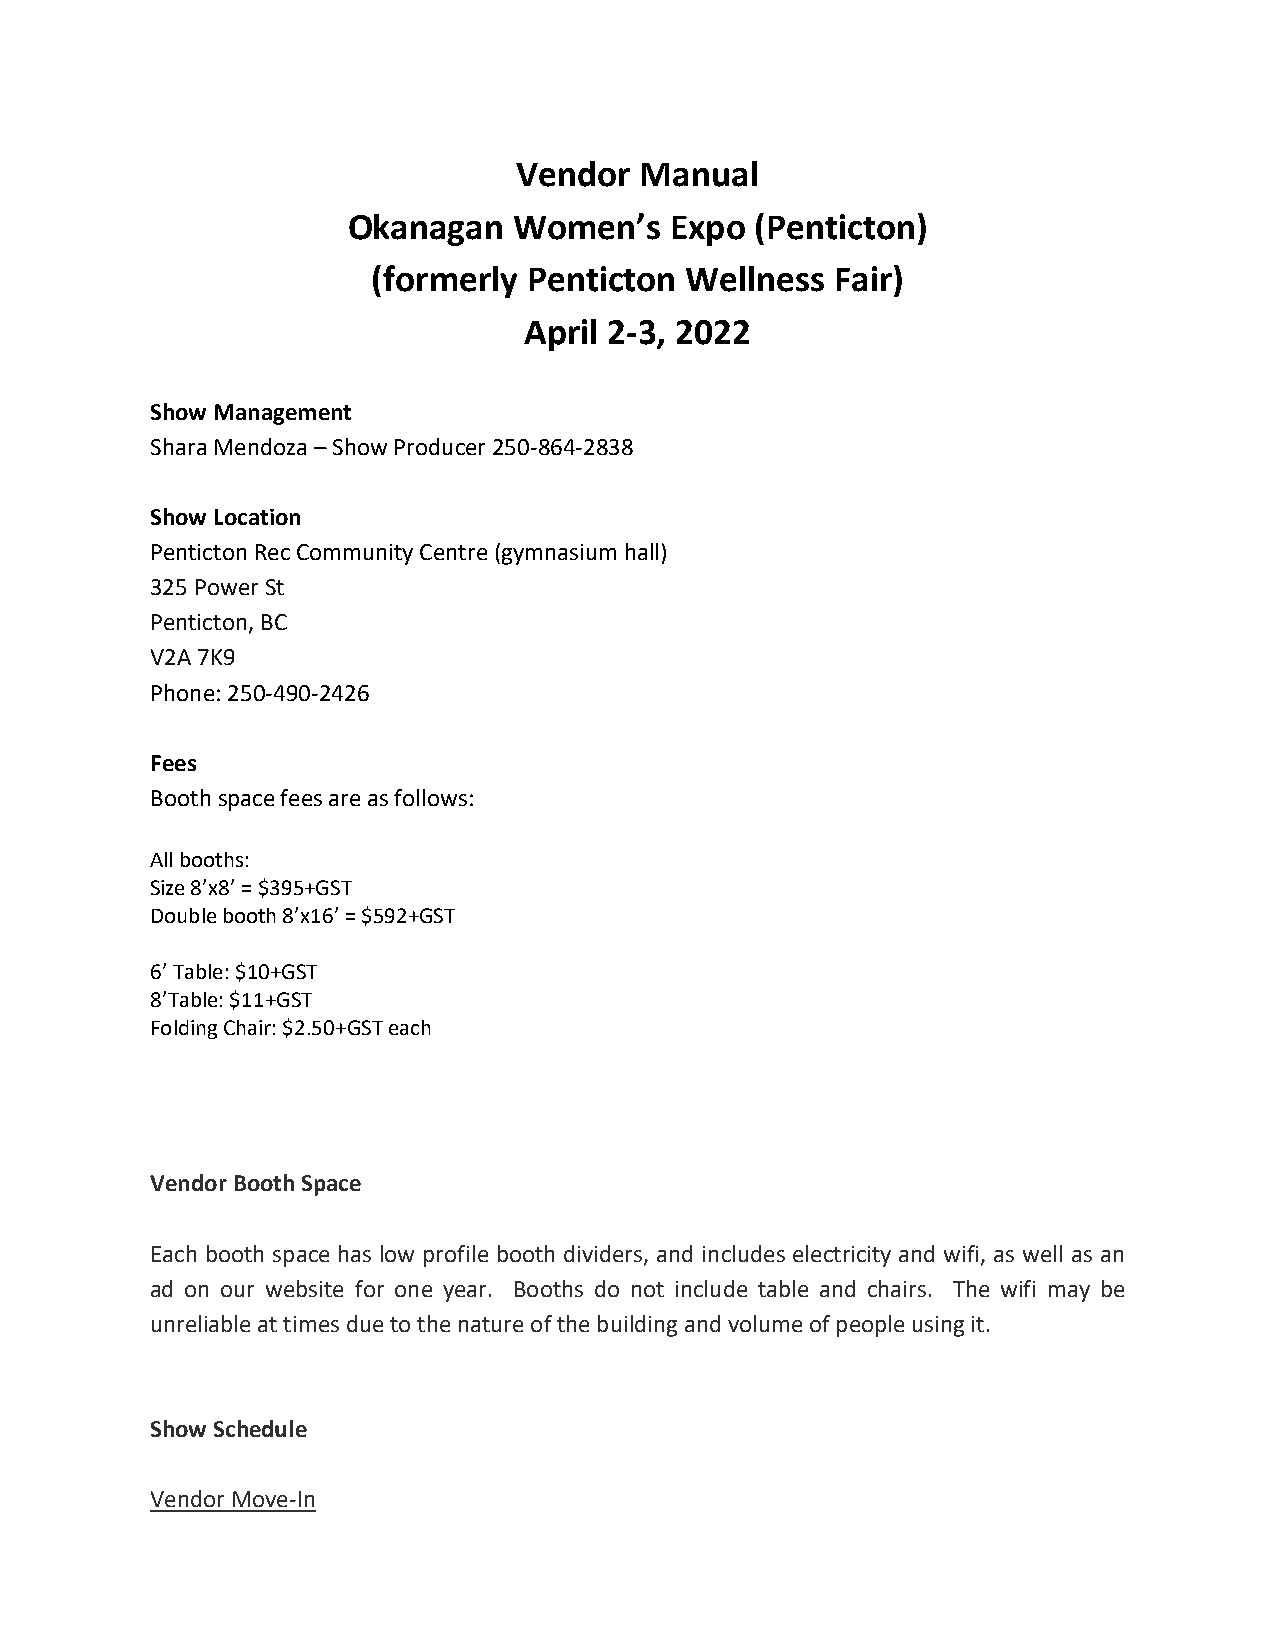
Vendor  Manual
 Okanagan   Women’s   Expo  (Penticton)
 (formerly Penticton Wellness  Fair)
 April 2-3, 2022
 Show Management
 Shara Mendoza – Show Producer 250-864-2838
 Show Location
 Penticton Rec Community Centre (gymnasium hall)
 325 Power St
 Penticton, BC
 V2A 7K9
 Phone: 250-490-2426
 Fees
 Booth space fees are as follows:
 All booths:
 Size 8’x8’ = $395+GST
 Double booth 8’x16’ = $592+GST
 6’ Table: $10+GST
 8’Table: $11+GST
 Folding Chair: $2.50+GST each
 Vendor Booth Space
 Each booth space has low profile booth dividers, and includes electricity and wifi, as well as an
 ad on our website for one year. Booths do not include table and chairs. The wifi may be
 unreliable at times due to the nature of the building and volume of people using it.
 Show Schedule
 Vendor Move-In